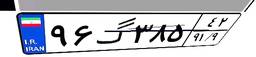
۹۲گ۶۴۹۷۶